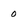
Character: 0